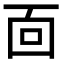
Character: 靣